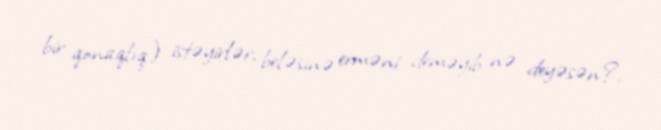
bir qonaqlıq) istəyirlər, beləsinə erməni deməyib nə deyəsən?.